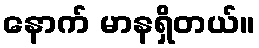
နောက် မာနရှိတယ်။